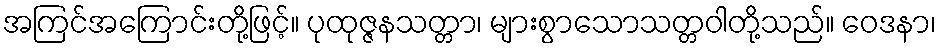
အကြင်အကြောင်းတို့ဖြင့်။ ပုထုဇ္ဇနသတ္တာ၊ များစွာသောသတ္တဝါတို့သည်။ ဝေဒနာ၊